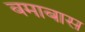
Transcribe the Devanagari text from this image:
बमाबास